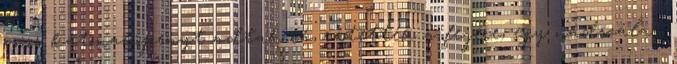
vörös katonaköpenyt adtak rá, rátették a fejére, egy nádszálat